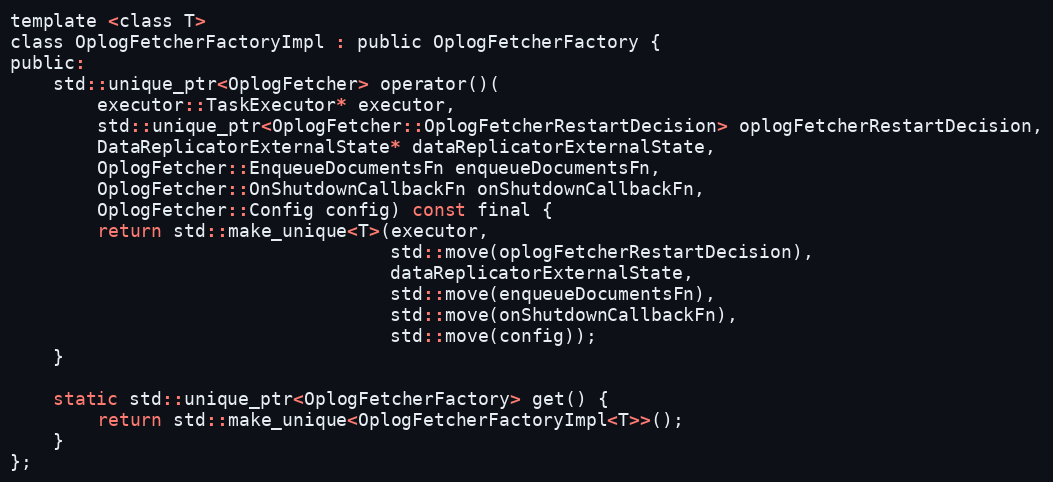
Language: C
template <class T>
class OplogFetcherFactoryImpl : public OplogFetcherFactory {
public:
    std::unique_ptr<OplogFetcher> operator()(
        executor::TaskExecutor* executor,
        std::unique_ptr<OplogFetcher::OplogFetcherRestartDecision> oplogFetcherRestartDecision,
        DataReplicatorExternalState* dataReplicatorExternalState,
        OplogFetcher::EnqueueDocumentsFn enqueueDocumentsFn,
        OplogFetcher::OnShutdownCallbackFn onShutdownCallbackFn,
        OplogFetcher::Config config) const final {
        return std::make_unique<T>(executor,
                                   std::move(oplogFetcherRestartDecision),
                                   dataReplicatorExternalState,
                                   std::move(enqueueDocumentsFn),
                                   std::move(onShutdownCallbackFn),
                                   std::move(config));
    }

    static std::unique_ptr<OplogFetcherFactory> get() {
        return std::make_unique<OplogFetcherFactoryImpl<T>>();
    }
};